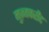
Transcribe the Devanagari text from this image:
मुज़्जफरीद